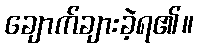
ချောက်ချားခဲ့ရ၏။